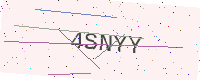
Text: 4SNYY